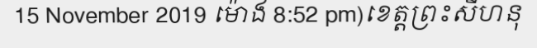
15 November 2019 ម៉ោង 8:52 pm)ខេត្តព្រះសីហនុ